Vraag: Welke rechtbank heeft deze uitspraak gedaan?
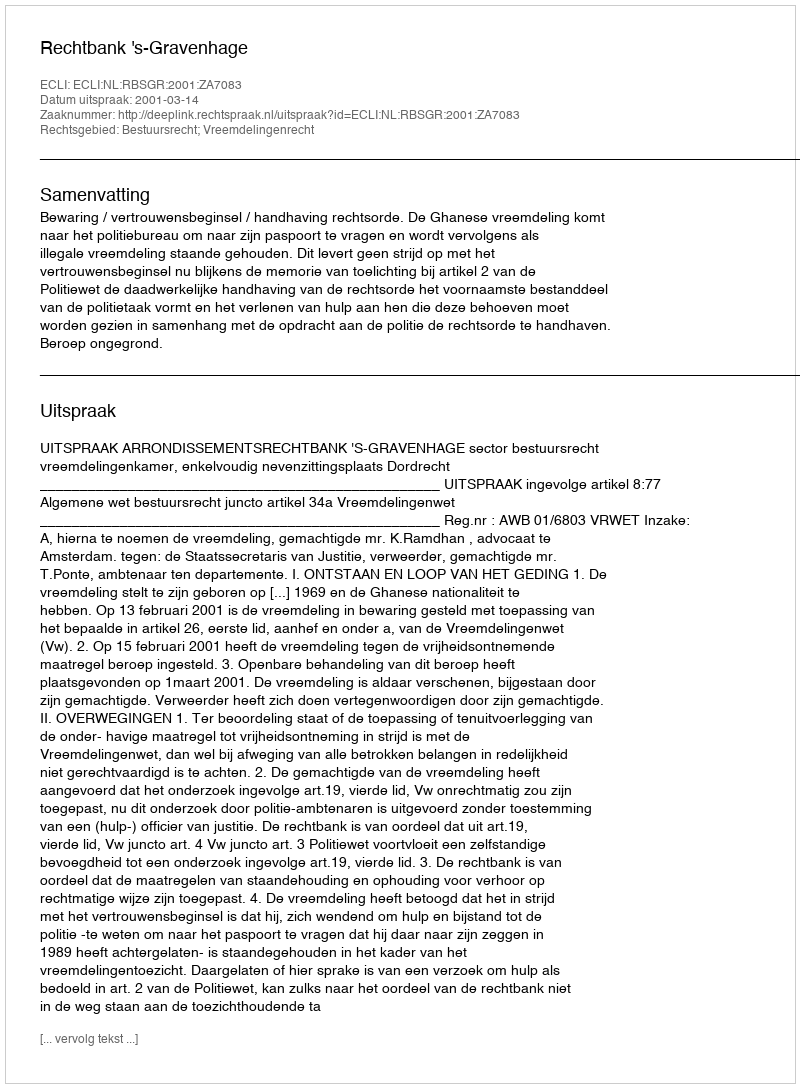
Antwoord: Rechtbank 's-Gravenhage